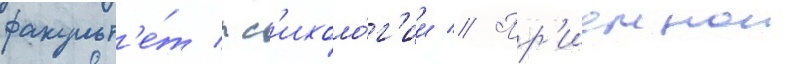
факульт'е́т пс'ихоло́г'ии // Пр'иемнои